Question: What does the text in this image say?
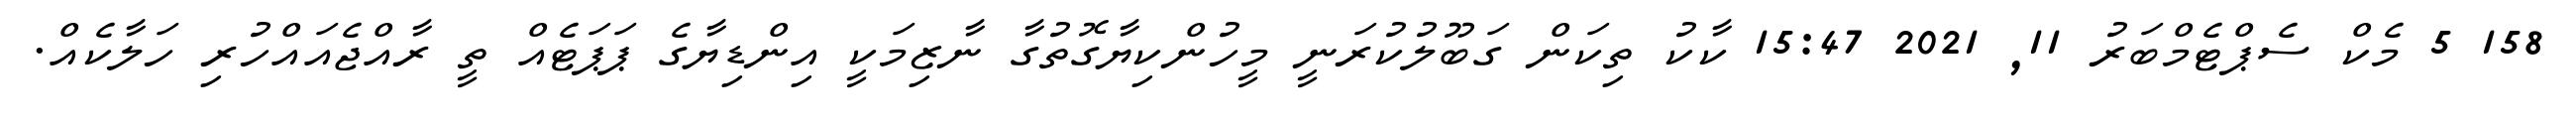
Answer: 158 5 މެކް ސެޕްޓެމްބަރު 11, 2021 15:47 ކާކު ތިކަން ގަބޫލުކުރަނީ މީހުންކިޔާގޮތުގާ ނާޒިމަކީ އިންޑިޔާގެ ޕަޕަޓެއް ތީ ރާއްޖެއައްހުރި ހަލާކެއް.